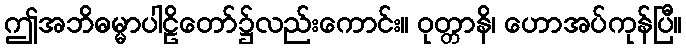
ဤအဘိဓမ္မာပါဠိတော်၌လည်းကောင်း။ ဝုတ္တာနိ၊ ဟောအပ်ကုန်ပြီ။